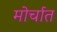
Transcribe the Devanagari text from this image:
मोर्चात